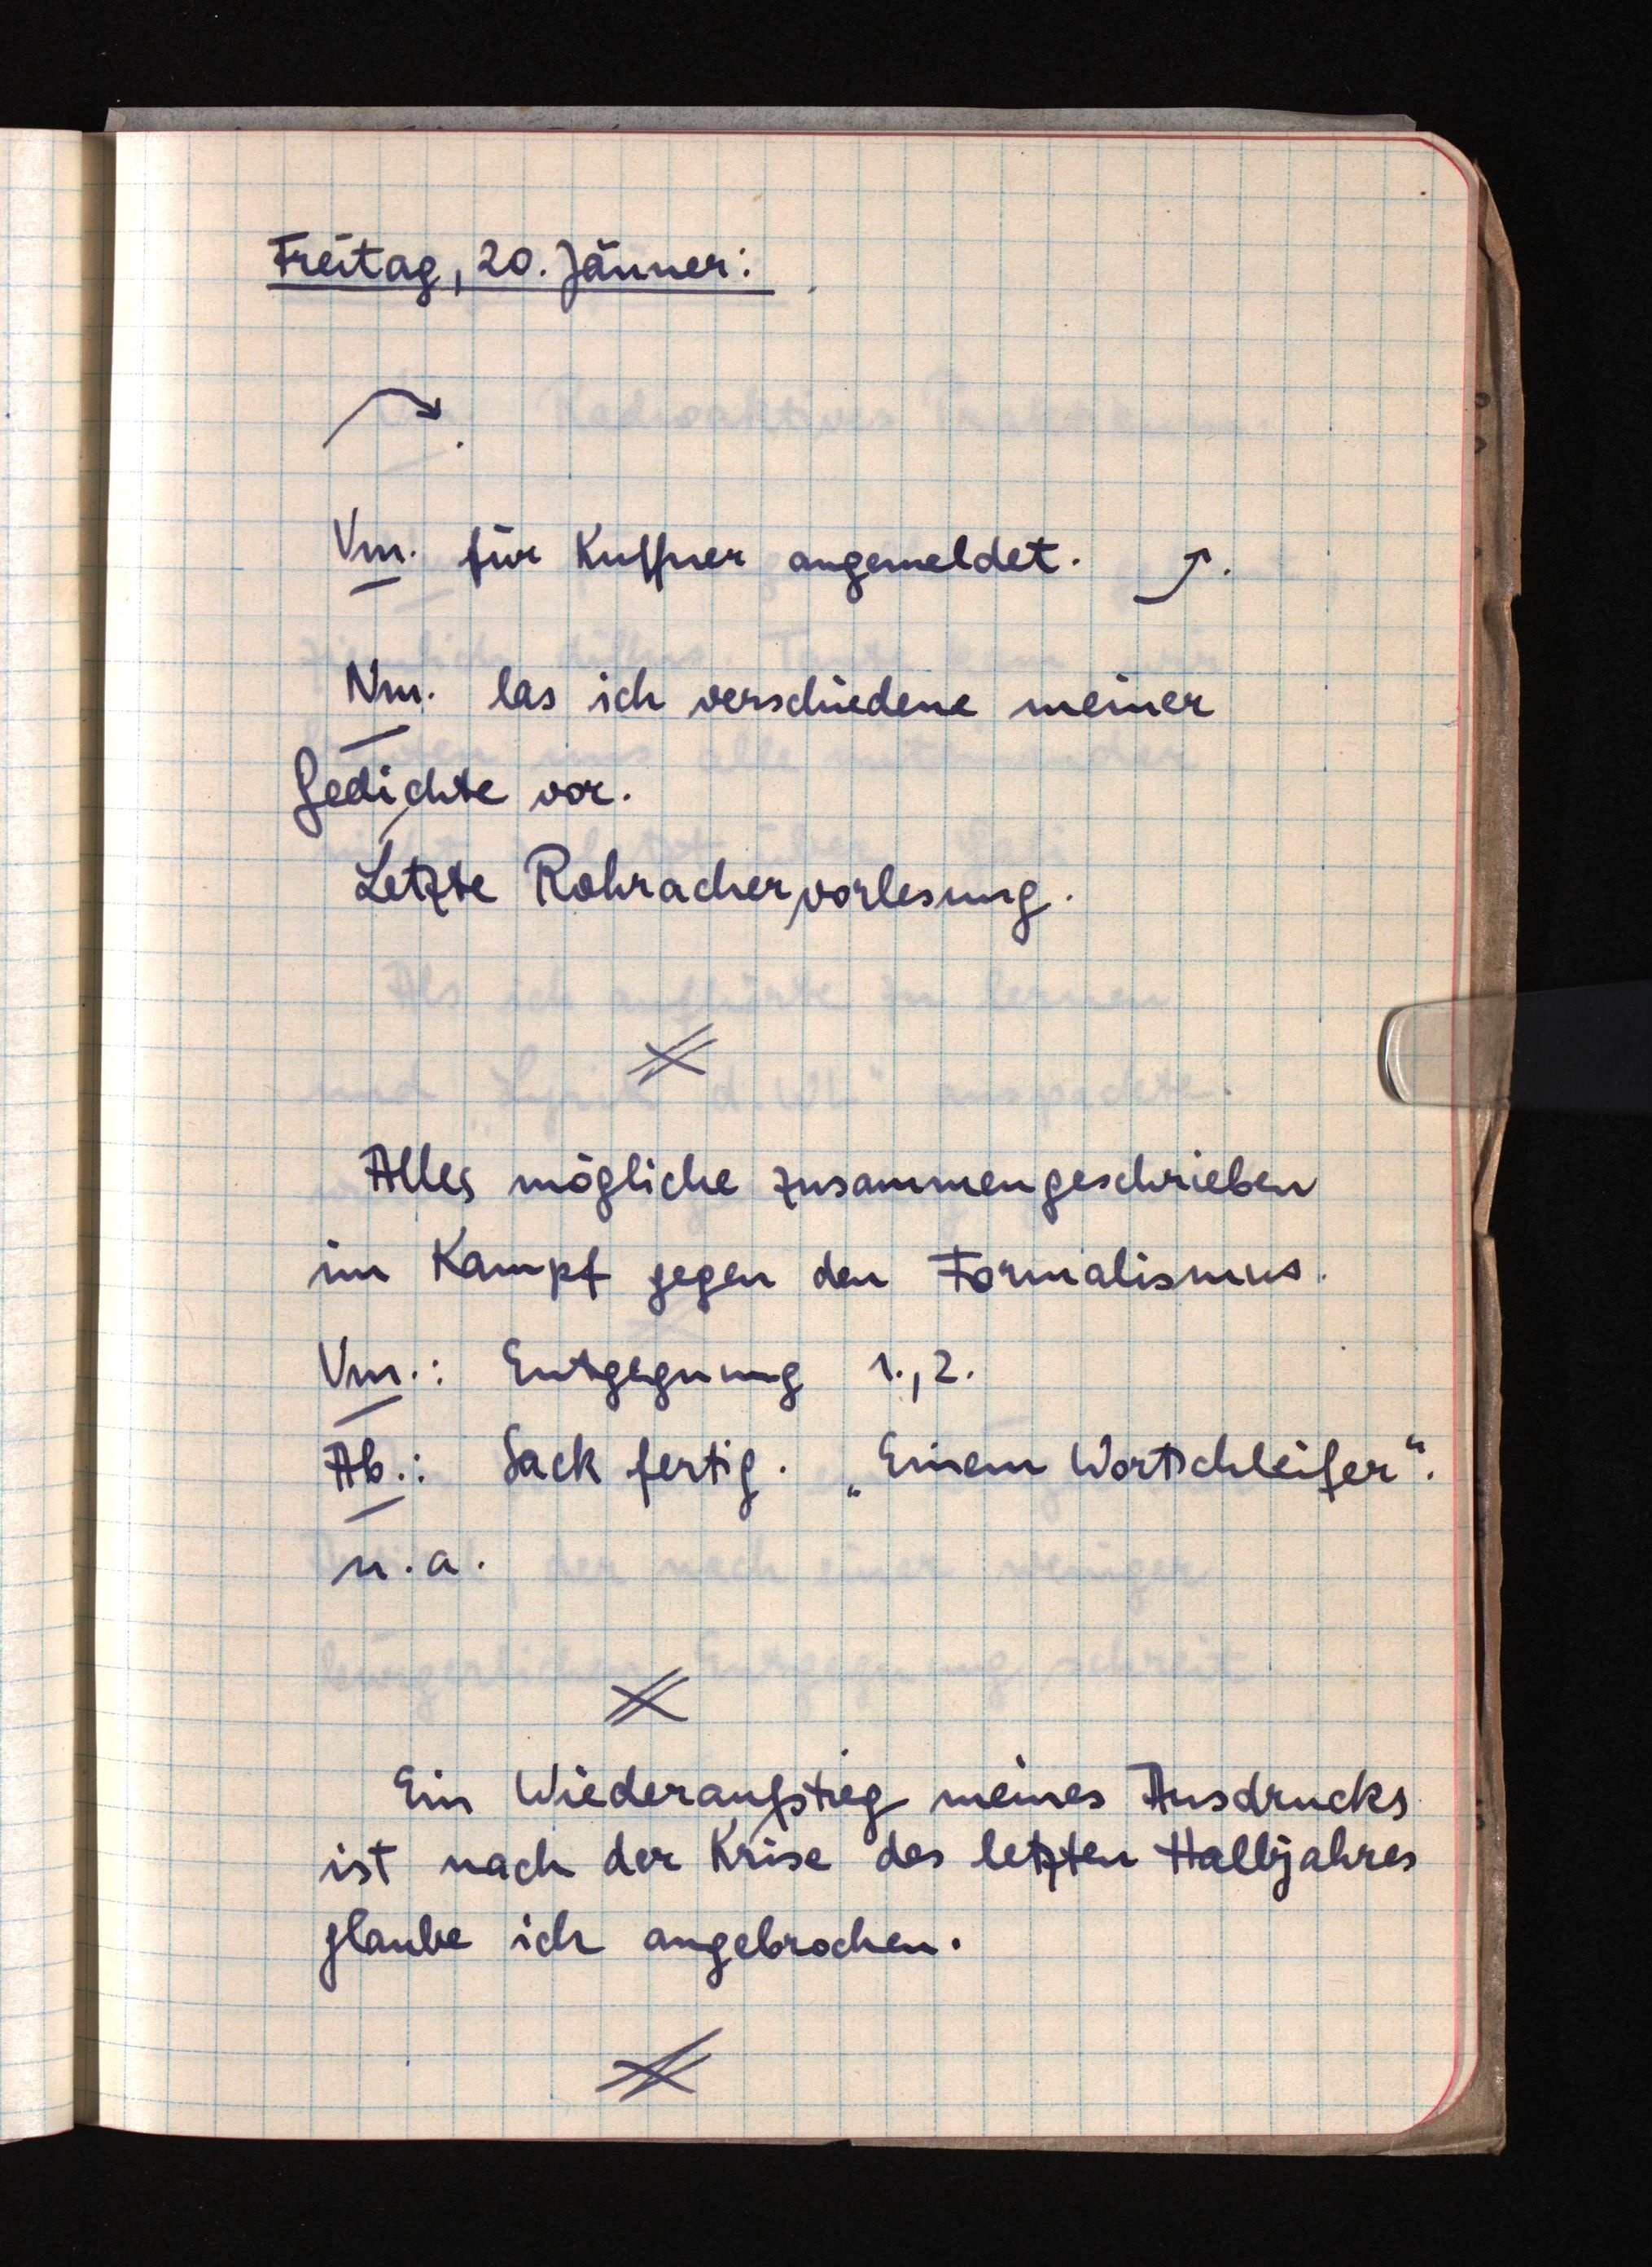
Freitag, 20. Jänner:
Vm. für Kuffner angemeldet.
Nm. las ich verschiedene meiner
Gedichte vor.
Letzte Rohrachervorlesung.
Alles mögliche zusammengeschrieben
im Kampf gegen den Formalismus.
Vm.: Entgegnung 1., 2.
Ab.: Sack fertig. "Einem Wortschleifer".
u.a.
Ein Wiederaufstieg meines Ausdrucks
ist nach der Krise des letzten Halbjahres
glaube ich angebrochen.